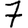
Digit: 7